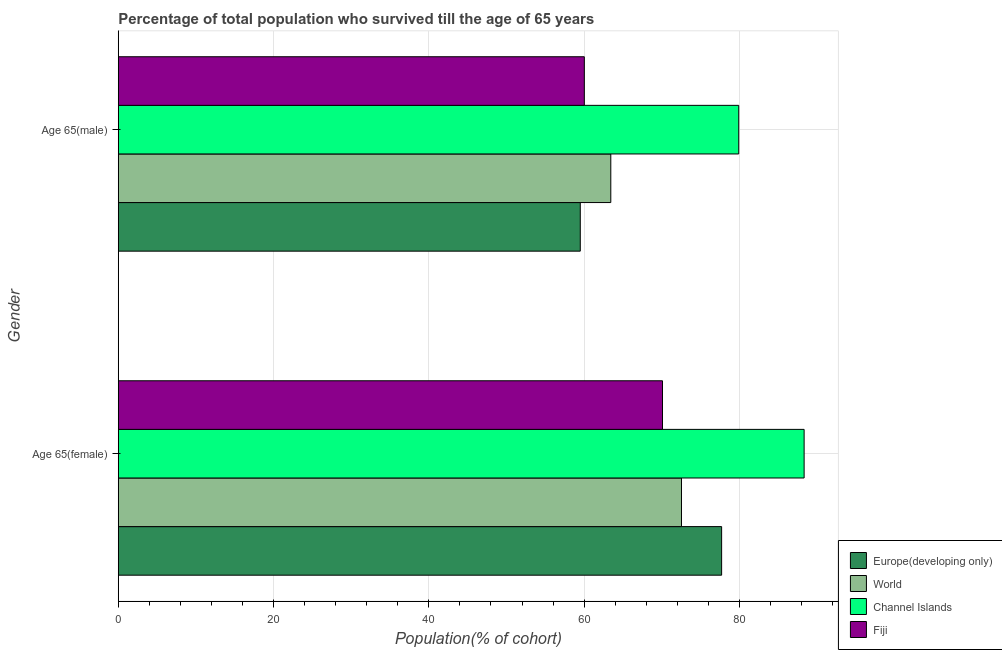
| Gender | Europe(developing only) | World | Channel Islands | Fiji |
 | --- | --- | --- | --- | --- |
 | Age 65(female) | 77.7 | 72.5 | 88.3 | 70.1 |
 | Age 65(male) | 59.5 | 63.4 | 79.9 | 60 |